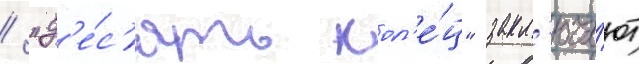
/ "д'е́с'ять кол'е́ц" закл'юча́ют